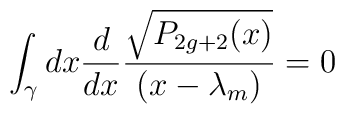
\int_{\gamma}dx {d\over dx}   {\sqrt{P_{2g+2}(x)}\over(x-\lambda_m)}=0